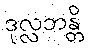
ဒုလ္လဘန္တိ